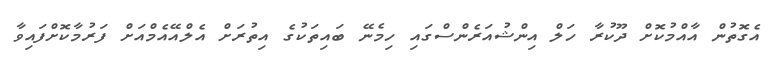
އެގޮތުން އާއްމުކޮށް ދޫކުރާ ހަލް އިންޝުއަރެންސްގައި ހިމެނޭ ބައިތަކުގެ އިތުރަށް އެލްއޭއެމްއަށް ފަރުމާކޮށްފައިވާ